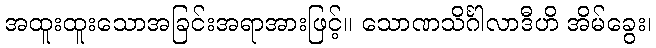
အထူးထူးသောအခြင်းအရာအားဖြင့်။ သောဏသိင်္ဂါလာဒီဟိ အိမ်ခွေး၊